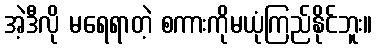
အဲ့ဒီလို မရေရာတဲ့ စကားကိုမယုံကြည်နိုင်ဘူး။